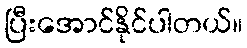
ပြီးအောင်နိုင်ပါတယ်။